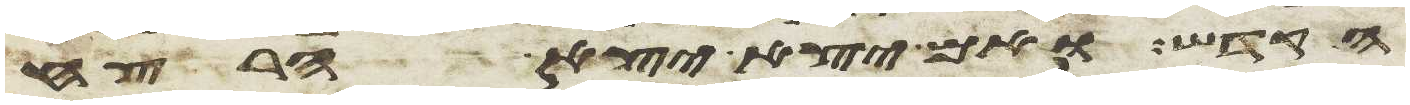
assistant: הקדש ואם יצא יצא הרצח